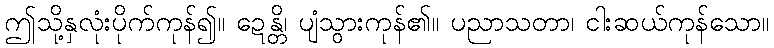
ဤသို့နှလုံးပိုက်ကုန်၍။ ဍေန္တိ၊ ပျံသွားကုန်၏။ ပညာသတာ၊ ငါးဆယ်ကုန်သော။